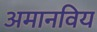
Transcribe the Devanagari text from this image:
अमानविय